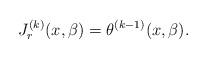
LaTeX: \begin{align*}J_r^{(k)}(x,\beta) = \theta^{(k-1)}(x,\beta).\end{align*}